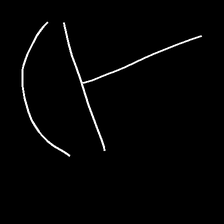
Glyph: dispersion